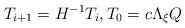
LaTeX: \begin{align*} T_{i+1} = H^{-1} T_i, T_0 = c \Lambda_\xi Q\end{align*}